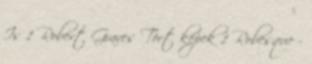
Is 1 Robert Graves Tört képek 1 Robesque -